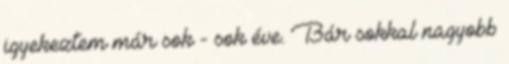
igyekeztem már sok - sok éve. Bár sokkal nagyobb